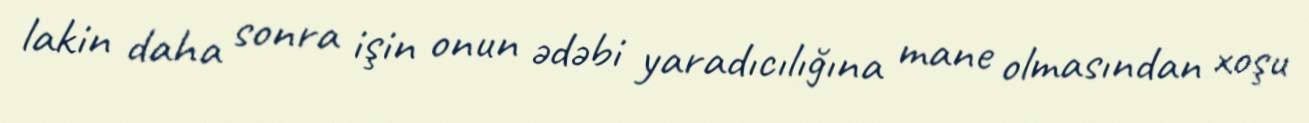
lakin daha sonra işin onun ədəbi yaradıcılığına mane olmasından xoşu